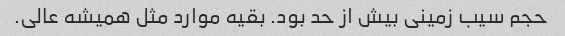
حجم سیب زمینی بیش از حد بود. بقیه موارد مثل همیشه عالی.